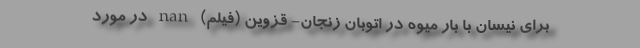
برای نیسان با بار میوه در اتوبان زنجان- قزوین (فیلم) nan در مورد